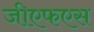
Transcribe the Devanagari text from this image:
जीएफएस